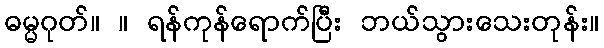
ဓမ္မဂုတ်။ ။ ရန်ကုန်ရောက်ပြီး ဘယ်သွားသေးတုန်း။